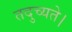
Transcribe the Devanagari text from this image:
तदुच्यते।